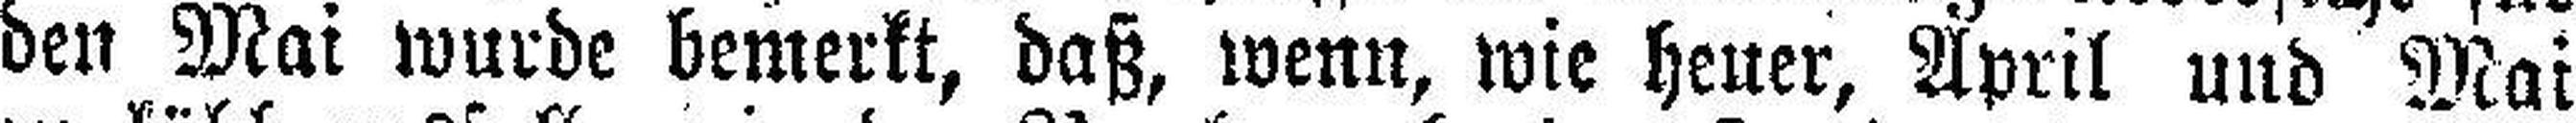
den Mai wurde bemerkt, daß, wenn, wie heuer, April und Mai